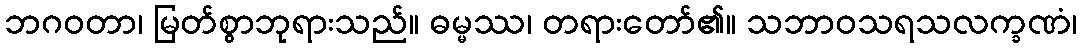
ဘဂဝတာ၊ မြတ်စွာဘုရားသည်။ ဓမ္မဿ၊ တရားတော်၏။ သဘာဝသရသလက္ခဏံ၊